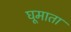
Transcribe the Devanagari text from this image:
घूमाता